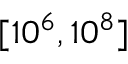
[ 1 0 ^ { 6 } , 1 0 ^ { 8 } ]